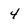
Character: 4